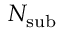
N _ { \mathrm { s u b } }